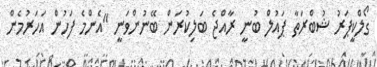
ގޯލްކީޕަރު ޝުބްރަތާ ޕައުލް ބުނީ ރާއްޖެ ބަލިކުރަން ބޭނުންވަނީ "އެންމެ ފަހުން އަހަރުމެން